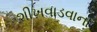
શીખવાડવાના